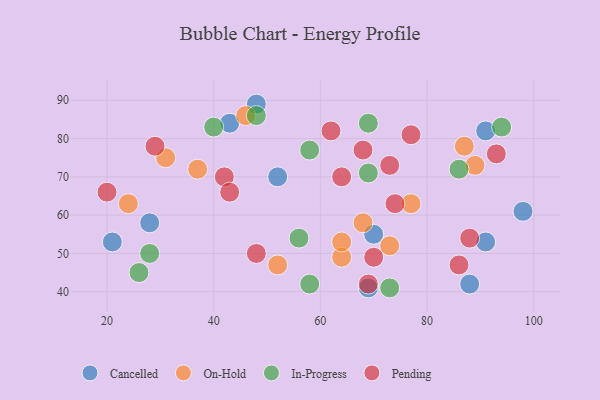
{"axis": {"x": "GDP", "y": "Life Expectancy"}, "legend": ["Cancelled", "In-Progress", "On-Hold", "Pending"], "data": [{"x": "21", "y": 53, "type": "Cancelled"}, {"x": "91", "y": 82, "type": "Cancelled"}, {"x": "69", "y": 41, "type": "Cancelled"}, {"x": "48", "y": 89, "type": "Cancelled"}, {"x": "28", "y": 58, "type": "Cancelled"}, {"x": "91", "y": 53, "type": "Cancelled"}, {"x": "52", "y": 70, "type": "Cancelled"}, {"x": "98", "y": 61, "type": "Cancelled"}, {"x": "70", "y": 55, "type": "Cancelled"}, {"x": "43", "y": 84, "type": "Cancelled"}, {"x": "88", "y": 42, "type": "Cancelled"}, {"x": "68", "y": 58, "type": "On-Hold"}, {"x": "77", "y": 63, "type": "On-Hold"}, {"x": "46", "y": 86, "type": "On-Hold"}, {"x": "89", "y": 73, "type": "On-Hold"}, {"x": "73", "y": 52, "type": "On-Hold"}, {"x": "64", "y": 49, "type": "On-Hold"}, {"x": "24", "y": 63, "type": "On-Hold"}, {"x": "31", "y": 75, "type": "On-Hold"}, {"x": "64", "y": 53, "type": "On-Hold"}, {"x": "52", "y": 47, "type": "On-Hold"}, {"x": "87", "y": 78, "type": "On-Hold"}, {"x": "37", "y": 72, "type": "On-Hold"}, {"x": "94", "y": 83, "type": "In-Progress"}, {"x": "58", "y": 42, "type": "In-Progress"}, {"x": "40", "y": 83, "type": "In-Progress"}, {"x": "69", "y": 84, "type": "In-Progress"}, {"x": "69", "y": 71, "type": "In-Progress"}, {"x": "56", "y": 54, "type": "In-Progress"}, {"x": "28", "y": 50, "type": "In-Progress"}, {"x": "58", "y": 77, "type": "In-Progress"}, {"x": "26", "y": 45, "type": "In-Progress"}, {"x": "73", "y": 41, "type": "In-Progress"}, {"x": "48", "y": 86, "type": "In-Progress"}, {"x": "86", "y": 72, "type": "In-Progress"}, {"x": "74", "y": 63, "type": "Pending"}, {"x": "62", "y": 82, "type": "Pending"}, {"x": "77", "y": 81, "type": "Pending"}, {"x": "88", "y": 54, "type": "Pending"}, {"x": "68", "y": 77, "type": "Pending"}, {"x": "29", "y": 78, "type": "Pending"}, {"x": "69", "y": 42, "type": "Pending"}, {"x": "64", "y": 70, "type": "Pending"}, {"x": "42", "y": 70, "type": "Pending"}, {"x": "43", "y": 66, "type": "Pending"}, {"x": "70", "y": 49, "type": "Pending"}, {"x": "48", "y": 50, "type": "Pending"}, {"x": "93", "y": 76, "type": "Pending"}, {"x": "86", "y": 47, "type": "Pending"}, {"x": "73", "y": 73, "type": "Pending"}, {"x": "20", "y": 66, "type": "Pending"}]}